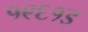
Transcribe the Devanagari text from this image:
१९६१इ